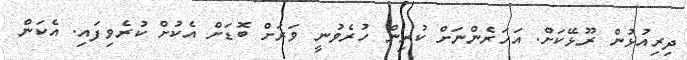
ދިރިއުޅުން ރޫޅޭކަށް. އަހަރެންނަށް ކުރިން ހުރެވުނީ ވަރަށް ބޮޑަށް އެކުށް ކުރެވިފައި. އެކަން